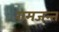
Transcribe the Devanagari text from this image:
रामजन्त